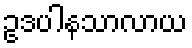
ဥဒပါနသာလာယ